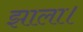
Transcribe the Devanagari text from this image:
झाला।